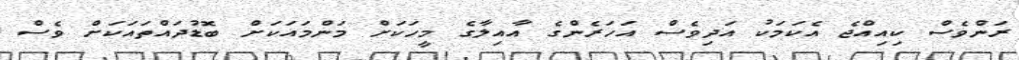
ރަންވެސް ކިއިއްޖެ އެކަމަކު އަދިވެސް އަހަރެންގެ އާއިލާގެ މީހަކަށް މަންމައަކަށް ބޮޑުދައްތައަކަށް ވެސް